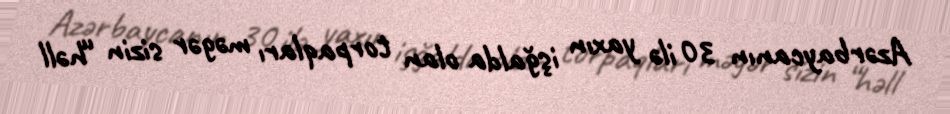
Azərbaycanın 30 ilə yaxın işğalda olan torpaqları məgər sizin “həll